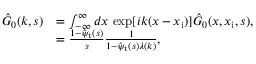
\begin{array} { r l } { \hat { G } _ { 0 } ( k , s ) } & { = \int _ { - \infty } ^ { \infty } d x \, \exp [ i k ( x - x _ { \mathrm { i } } ) ] \hat { G } _ { 0 } ( x , x _ { \mathrm { i } } , s ) , } \\ & { = \frac { 1 - \hat { \psi } _ { \mathrm { t } } ( s ) } { s } \frac { 1 } { 1 - \hat { \psi } _ { \mathrm { t } } ( s ) \lambda ( k ) } , } \end{array}